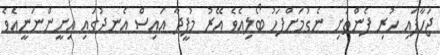
ޖަހާފައި ހުރި ފެންތަށި ނެގުމަށްފަހު ބޯލިއެވެ އޭރު މުފީދާ އައިސް އެނދުގައި އިށީންނަނީއެވެ